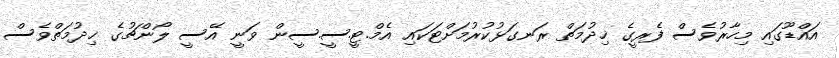
އައްޑޫގައި މިހާރުވެސް ފެރީގެ ޚިދުމަތް ރަނގަޅުކުރުމަށްޓަކައި އެމް.ޓީ.ސީ.ސީން ވަނީ އޭސީ ލޯންޗުގެ ޚިދުމަތްވެސް